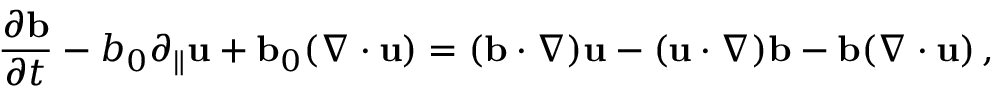
{ \frac { \partial { \bf b } } { \partial t } } - b _ { 0 } \partial _ { \parallel } { \bf u } + { \bf b } _ { 0 } ( \nabla \cdot { \bf u } ) = ( { \bf b } \cdot \nabla ) { \bf u } - ( { \bf u } \cdot \nabla ) { \bf b } - { \bf b } ( \nabla \cdot { \bf u } ) \, ,